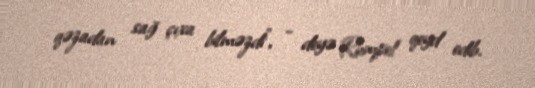
qəzadan sağ çıxa bilməzdi”, - deyə Rumpel qeyd edib.